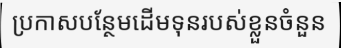
ប្រកាសបន្ថែមដើមទុនរបស់ខ្លួនចំនួន